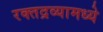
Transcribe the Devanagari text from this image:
रक्तद्रव्यामध्ये